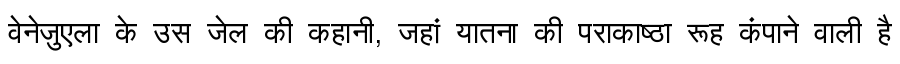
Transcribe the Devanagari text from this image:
वेनेज़ुएला के उस जेल की कहानी, जहां यातना की पराकाष्ठा रूह कंपाने वाली है